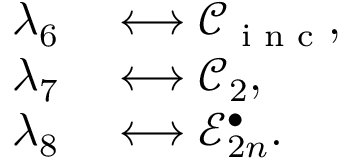
\begin{array} { r l } { \lambda _ { 6 } } & { { } \longleftrightarrow \mathcal { C } _ { \textnormal { \scriptsize i n c } } , } \\ { \lambda _ { 7 } } & { { } \longleftrightarrow \mathcal { C } _ { 2 } , } \\ { \lambda _ { 8 } } & { { } \longleftrightarrow \mathcal { E } _ { 2 n } ^ { \bullet } . } \end{array}